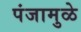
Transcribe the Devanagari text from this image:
पंजामुळे